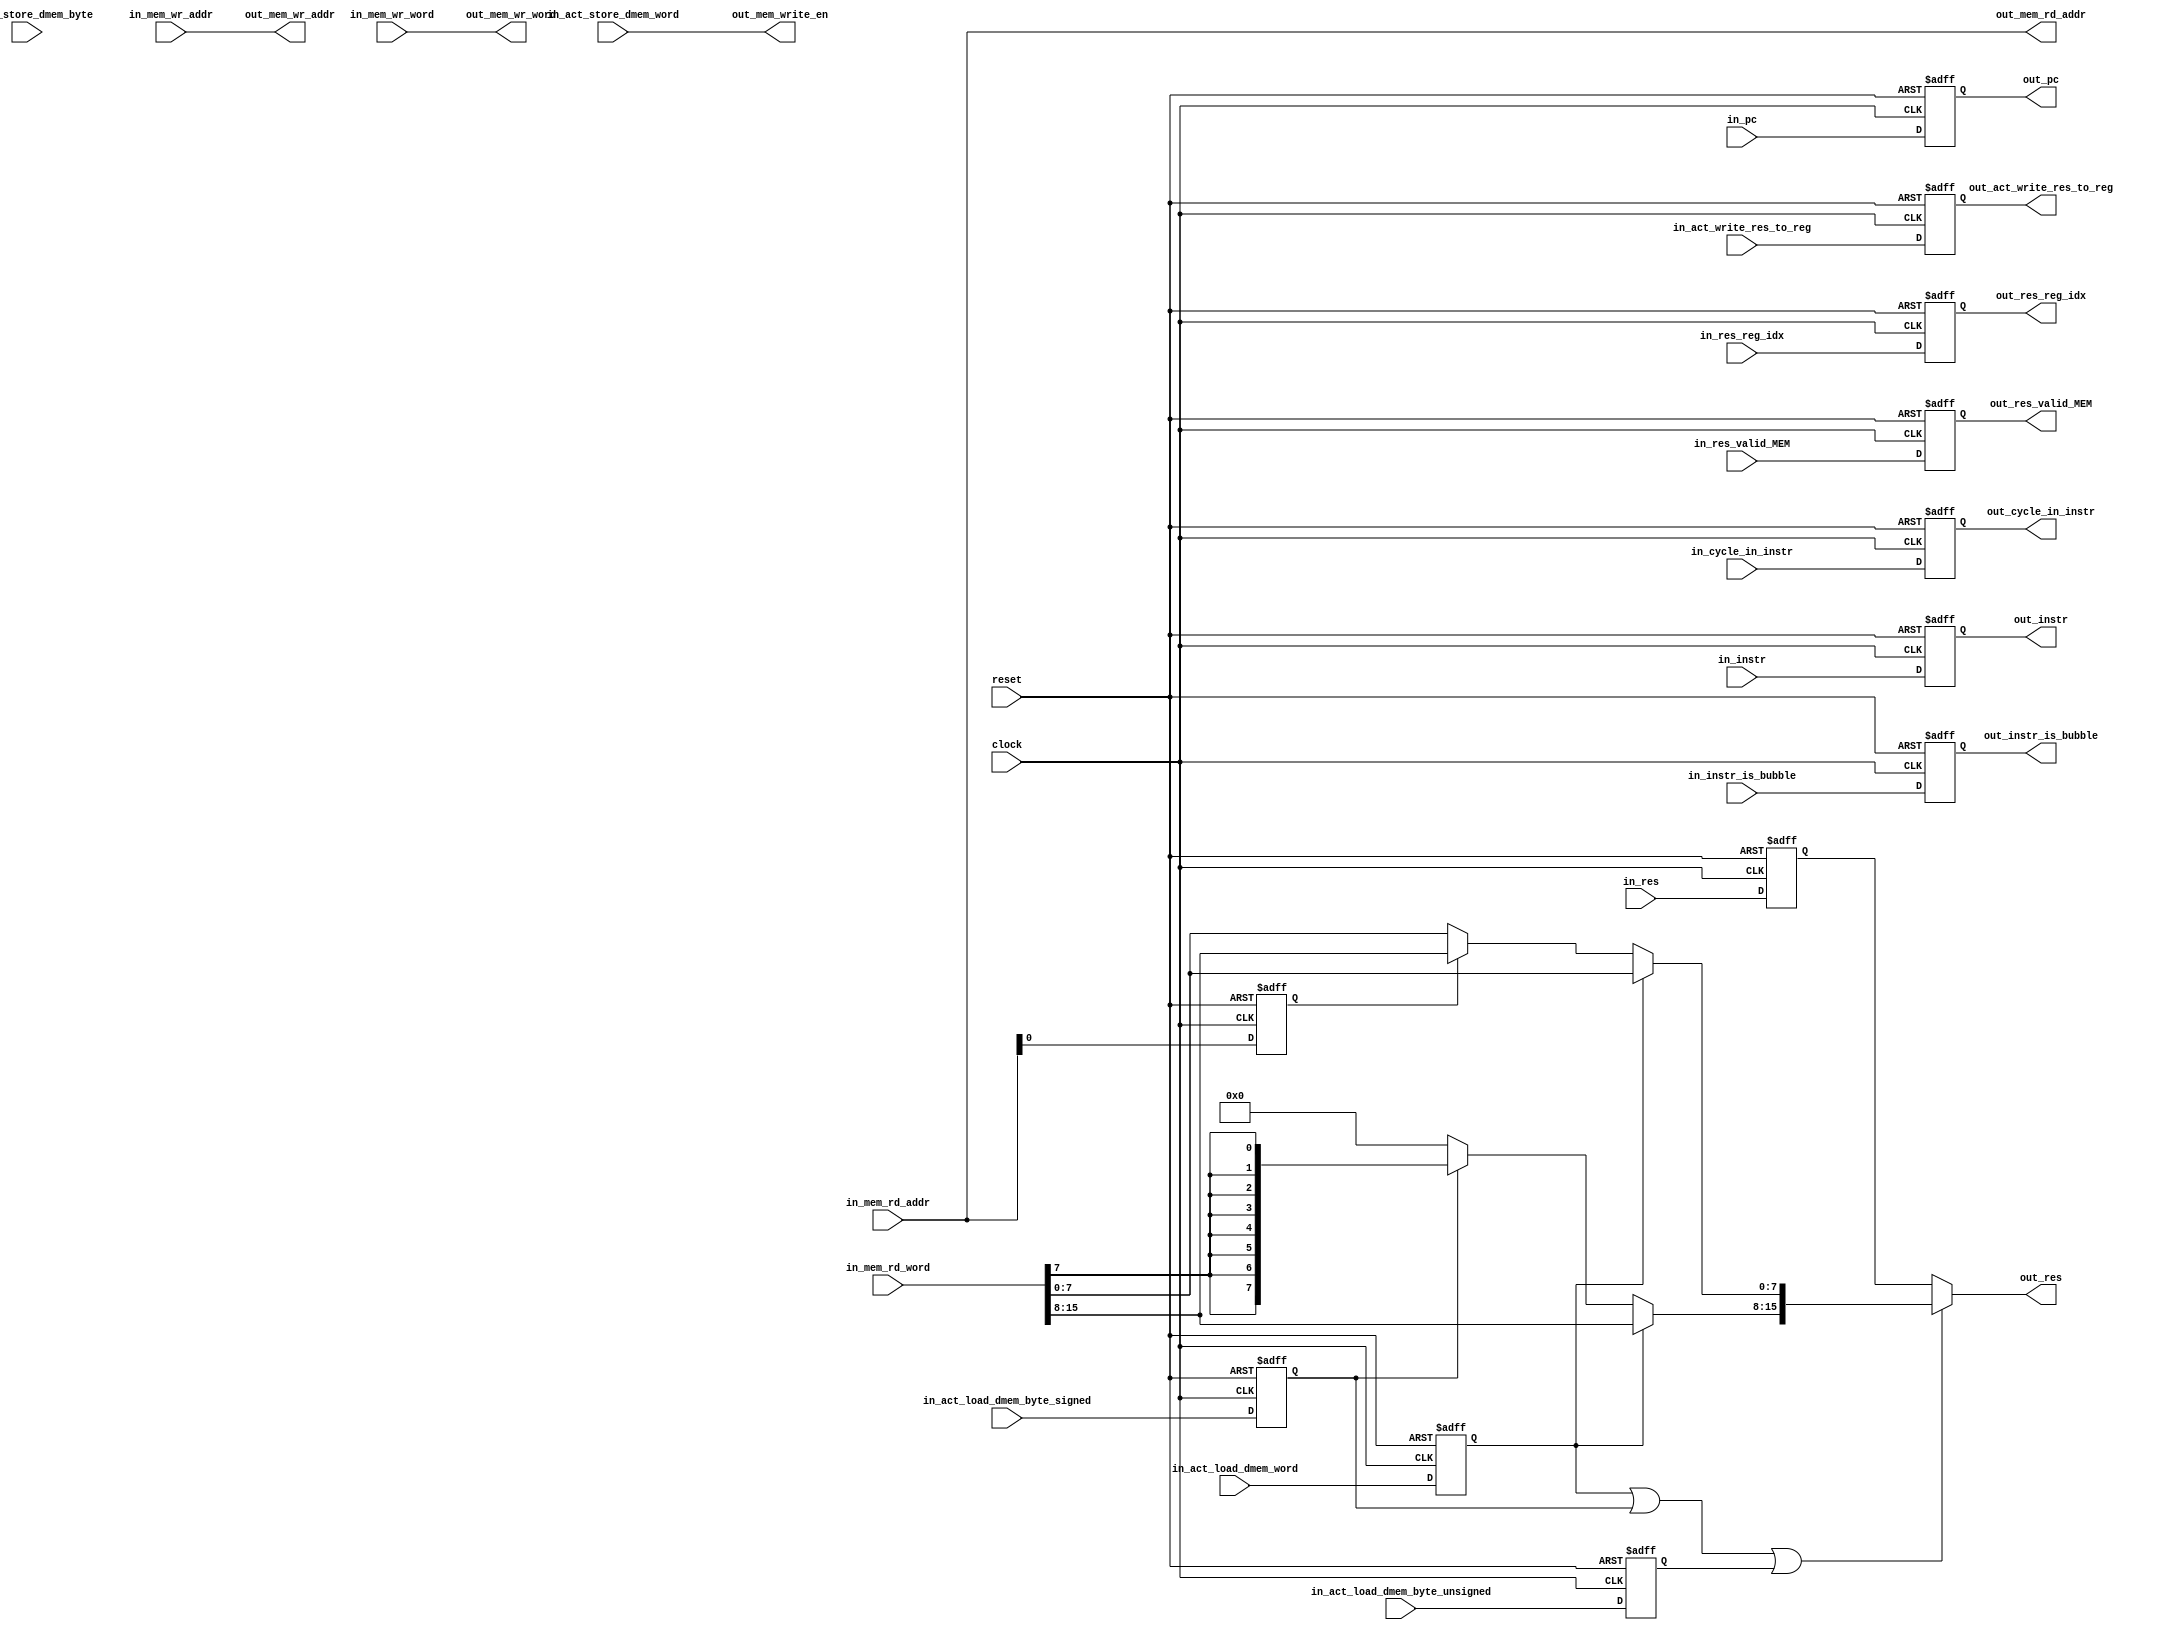
module mem #(parameter DMEM_ADDR_WIDTH = 12,
                       DMEM_WORD_WIDTH = 16,
                       IALU_WORD_WIDTH = 16,
                       OPCODE_WIDTH    =  4,
                       PC_WIDTH        = 12,
                       PMEM_ADDR_WIDTH = 12,
                       PMEM_WORD_WIDTH = 16,
                       REG_IDX_WIDTH   =  4)
           (
           input                             clock,
           input                             reset,
           input                             in_act_load_dmem_byte_signed,
           input                             in_act_load_dmem_byte_unsigned,
           input                             in_act_load_dmem_word,
           input                             in_act_store_dmem_byte,
           input                             in_act_store_dmem_word,
           input                             in_act_write_res_to_reg,
           input      [                2:0]  in_cycle_in_instr,
           input      [PMEM_WORD_WIDTH-1:0]  in_instr,
           input                             in_instr_is_bubble,
           input      [DMEM_ADDR_WIDTH-1:0]  in_mem_rd_addr,
           input      [DMEM_WORD_WIDTH-1:0]  in_mem_rd_word,  // from dmem
           input      [DMEM_ADDR_WIDTH-1:0]  in_mem_wr_addr,
           input      [DMEM_WORD_WIDTH-1:0]  in_mem_wr_word,
           input      [       PC_WIDTH-1:0]  in_pc,
           input      [IALU_WORD_WIDTH-1:0]  in_res,
           input      [  REG_IDX_WIDTH-1:0]  in_res_reg_idx,
           input                             in_res_valid_MEM,
           output reg                        out_act_write_res_to_reg,
           output reg [                2:0]  out_cycle_in_instr,
           output     [PMEM_WORD_WIDTH-1:0]  out_instr,
           output reg                        out_instr_is_bubble,
           output     [DMEM_ADDR_WIDTH-1:0]  out_mem_rd_addr,
           output     [DMEM_ADDR_WIDTH-1:0]  out_mem_wr_addr,
           output     [DMEM_WORD_WIDTH-1:0]  out_mem_wr_word,
           output                            out_mem_write_en,
           output     [       PC_WIDTH-1:0]  out_pc,
           output     [IALU_WORD_WIDTH-1:0]  out_res,
           output reg [  REG_IDX_WIDTH-1:0]  out_res_reg_idx,
           output reg                        out_res_valid_MEM
           );

    // Sampled CTRL inputs
    reg                         act_load_dmem_word_ff;
    reg                         act_load_dmem_byte_signed_ff;
    reg                         act_load_dmem_byte_unsigned_ff;
    reg                         act_store_dmem_word_ff;
    reg  [       PC_WIDTH-1:0]  pc_ff;

    // Sampled data inputs
    reg  [PMEM_WORD_WIDTH-1:0]  instr_ff;
    reg  [DMEM_ADDR_WIDTH-1:0]  mem_rd_addr_ff;
    reg  [IALU_WORD_WIDTH-1:0]  res_ff;

    // Signales
    reg  [DMEM_WORD_WIDTH-1:0]  mem_postp;

    // Wiring: write address, write word, and write enable to DMEM
    assign out_mem_rd_addr  = in_mem_rd_addr;
    assign out_mem_wr_addr  = in_mem_wr_addr;
    assign out_mem_wr_word  = in_mem_wr_word;
    assign out_mem_write_en = in_act_store_dmem_word;

    // Wiring: forwarding sampled instruction, pc
    assign out_instr        = instr_ff;
    assign out_pc           = pc_ff;

    
    //==============================================
    // Register: pass through
    //==============================================
    always @(posedge clock or posedge reset) begin
        if (!reset) begin
            instr_ff                 <= in_instr;
            out_act_write_res_to_reg <= in_act_write_res_to_reg;
            out_cycle_in_instr       <= in_cycle_in_instr;
            out_instr_is_bubble      <= in_instr_is_bubble;
            out_res_reg_idx          <= in_res_reg_idx;
            out_res_valid_MEM        <= in_res_valid_MEM;
            pc_ff                    <= in_pc;
            res_ff                   <= in_res;
        end
        else begin
            instr_ff                 <= 0;
            out_act_write_res_to_reg <= 0;
            out_cycle_in_instr       <= 0;
            out_instr_is_bubble      <= 0;
            out_res_reg_idx          <= 0;
            out_res_valid_MEM        <= 0;
            pc_ff                    <= 0;
            res_ff                   <= 0;
        end
    end

    //==============================================
    // Register: sample control inputs
    //==============================================
    always @(posedge clock or posedge reset) begin
        if (!reset) begin
            act_load_dmem_byte_signed_ff   <= in_act_load_dmem_byte_signed;
            act_load_dmem_byte_unsigned_ff <= in_act_load_dmem_byte_unsigned;
            act_load_dmem_word_ff          <= in_act_load_dmem_word;
            act_store_dmem_word_ff         <= in_act_store_dmem_word;
            mem_rd_addr_ff                 <= in_mem_rd_addr;
        end
        else begin
            act_load_dmem_byte_signed_ff   <= 0;
            act_load_dmem_byte_unsigned_ff <= 0;
            act_load_dmem_word_ff          <= 0;
            act_store_dmem_word_ff         <= 0;
            mem_rd_addr_ff                 <= 0;
        end
    end

    //==============================================
    // Load/store logic
    //==============================================
    
    // 3 types of load
    // - entire word
    // - lower byte (w/ or w/o sign extension)
    // - higher byte (w/ or w/o sign extension)
    always @(*)
    begin
        // Load entire word
        if (act_load_dmem_word_ff) begin
            mem_postp = in_mem_rd_word;
        end
        // Load byte
        else begin
            // Fill bits 7..0 with higher or lower byte from memory depending on LSB of address
            if (mem_rd_addr_ff[0] == 0) begin
                mem_postp[7:0] = in_mem_rd_word[7:0];
            end
            else begin
                mem_postp[7:0] = in_mem_rd_word[15:8];
            end
            
            // Fill bits 15..8 with sign extension or zeros depending on load mode
            if (act_load_dmem_byte_signed_ff) begin
                mem_postp[15:8] = {8{in_mem_rd_word[7]}};
            end
            else begin
                mem_postp[15:8] = {8{1'b0}};
            end
        end
    end

    
    // If we are loading a value from memory and storing it to the regfile, output the word from dmem.
    // Otherwise, output the result value passed by the execute stage.
    always @(*)
    begin
        if (act_load_dmem_word_ff | act_load_dmem_byte_signed_ff | act_load_dmem_byte_unsigned_ff) begin
            out_res = mem_postp;
        end
        else begin
            out_res = res_ff;
        end
    end

endmodule